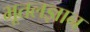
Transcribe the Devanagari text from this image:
भूतलज्ञान